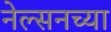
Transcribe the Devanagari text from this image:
नेल्सनच्या